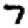
Digit: 7